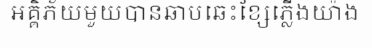
អគ្គិភ័យមួយបានឆាបឆេះខ្សែភ្លើងយ៉ាង